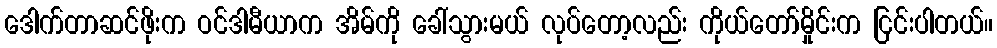
ဒေါက်တာဆင်ဖိုးက ဝင်ဒါမီယာက အိမ်ကို ခေါ်သွားမယ် လုပ်တော့လည်း ကိုယ်တော်မှိုင်းက ငြင်းပါတယ်။